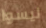
ليسوا